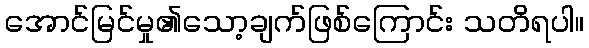
အောင်မြင်မှု၏သော့ချက်ဖြစ်ကြောင်း သတိရပါ။